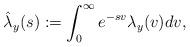
LaTeX: \begin{align*} \hat{\lambda}_y(s):=\int_{0}^{\infty} e^{-sv} \lambda_y(v)dv,\end{align*}